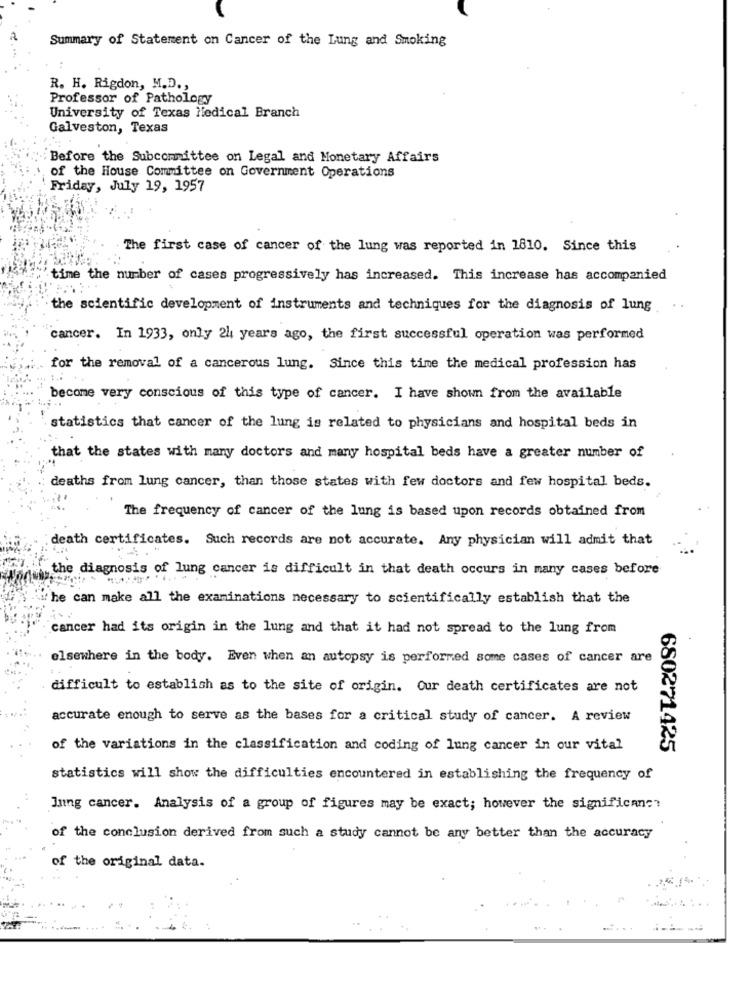
Summary of Statement on Cancer of the Lung and Smoking
R. H. Rigdon, M.D .,
Professor of Pathology
University of Texas Medical Branch
Galveston, Texas
Before the Subcommittee on Legal and Monetary Affairs
of the House Committee on Government Operations
Friday, July 19, 1957
The first case of cancer of the lung was reported in 1810. Since this
time the number of cases progressively has increased. This increase has accompanied
the scientific development of instruments and techniques for the diagnosis of lung
..
cancer. In 1933, only 24 years ago, the first successful operation was performed
for the removal of a cancerous lung. Since this time the medical profession has
become very conscious of this type of cancer. I have shown from the available
statistics that cancer of the lung is related to physicians and hospital beds in
that the states with many doctors and many hospital beds have a greater number of
deaths from lung cancer, than those states with few doctors and few hospital beds.
The frequency of cancer of the lung is based upon records obtained from
death certificates. Such records are not accurate. Any physician will admit that
the diagnosis of lung cancer is difficult in that death occurs in many cases before
: he can make all the examinations necessary to scientifically establish that the
cancer had its origin in the lung and that it had not spread to the lung from
elsewhere in the body. Even when an autopsy is performed some cases of cancer are
difficult to establish as to the site of origin. Cur death certificates are not
accurate enough to serve as the bases for a critical study of cancer. A review
of the variations in the classification and coding of lung cancer in our vital
680271425
statistics will show the difficulties encountered in establishing the frequency of
Jung cancer. Analysis of a group of figures may be exact; however the significan ??
of the conclusion derived from such a study cannot be any better than the accuracy
of the original data.